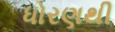
ધોરણથી